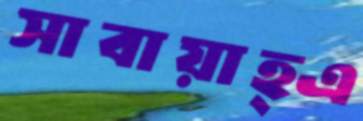
সাবায়াহ্এ